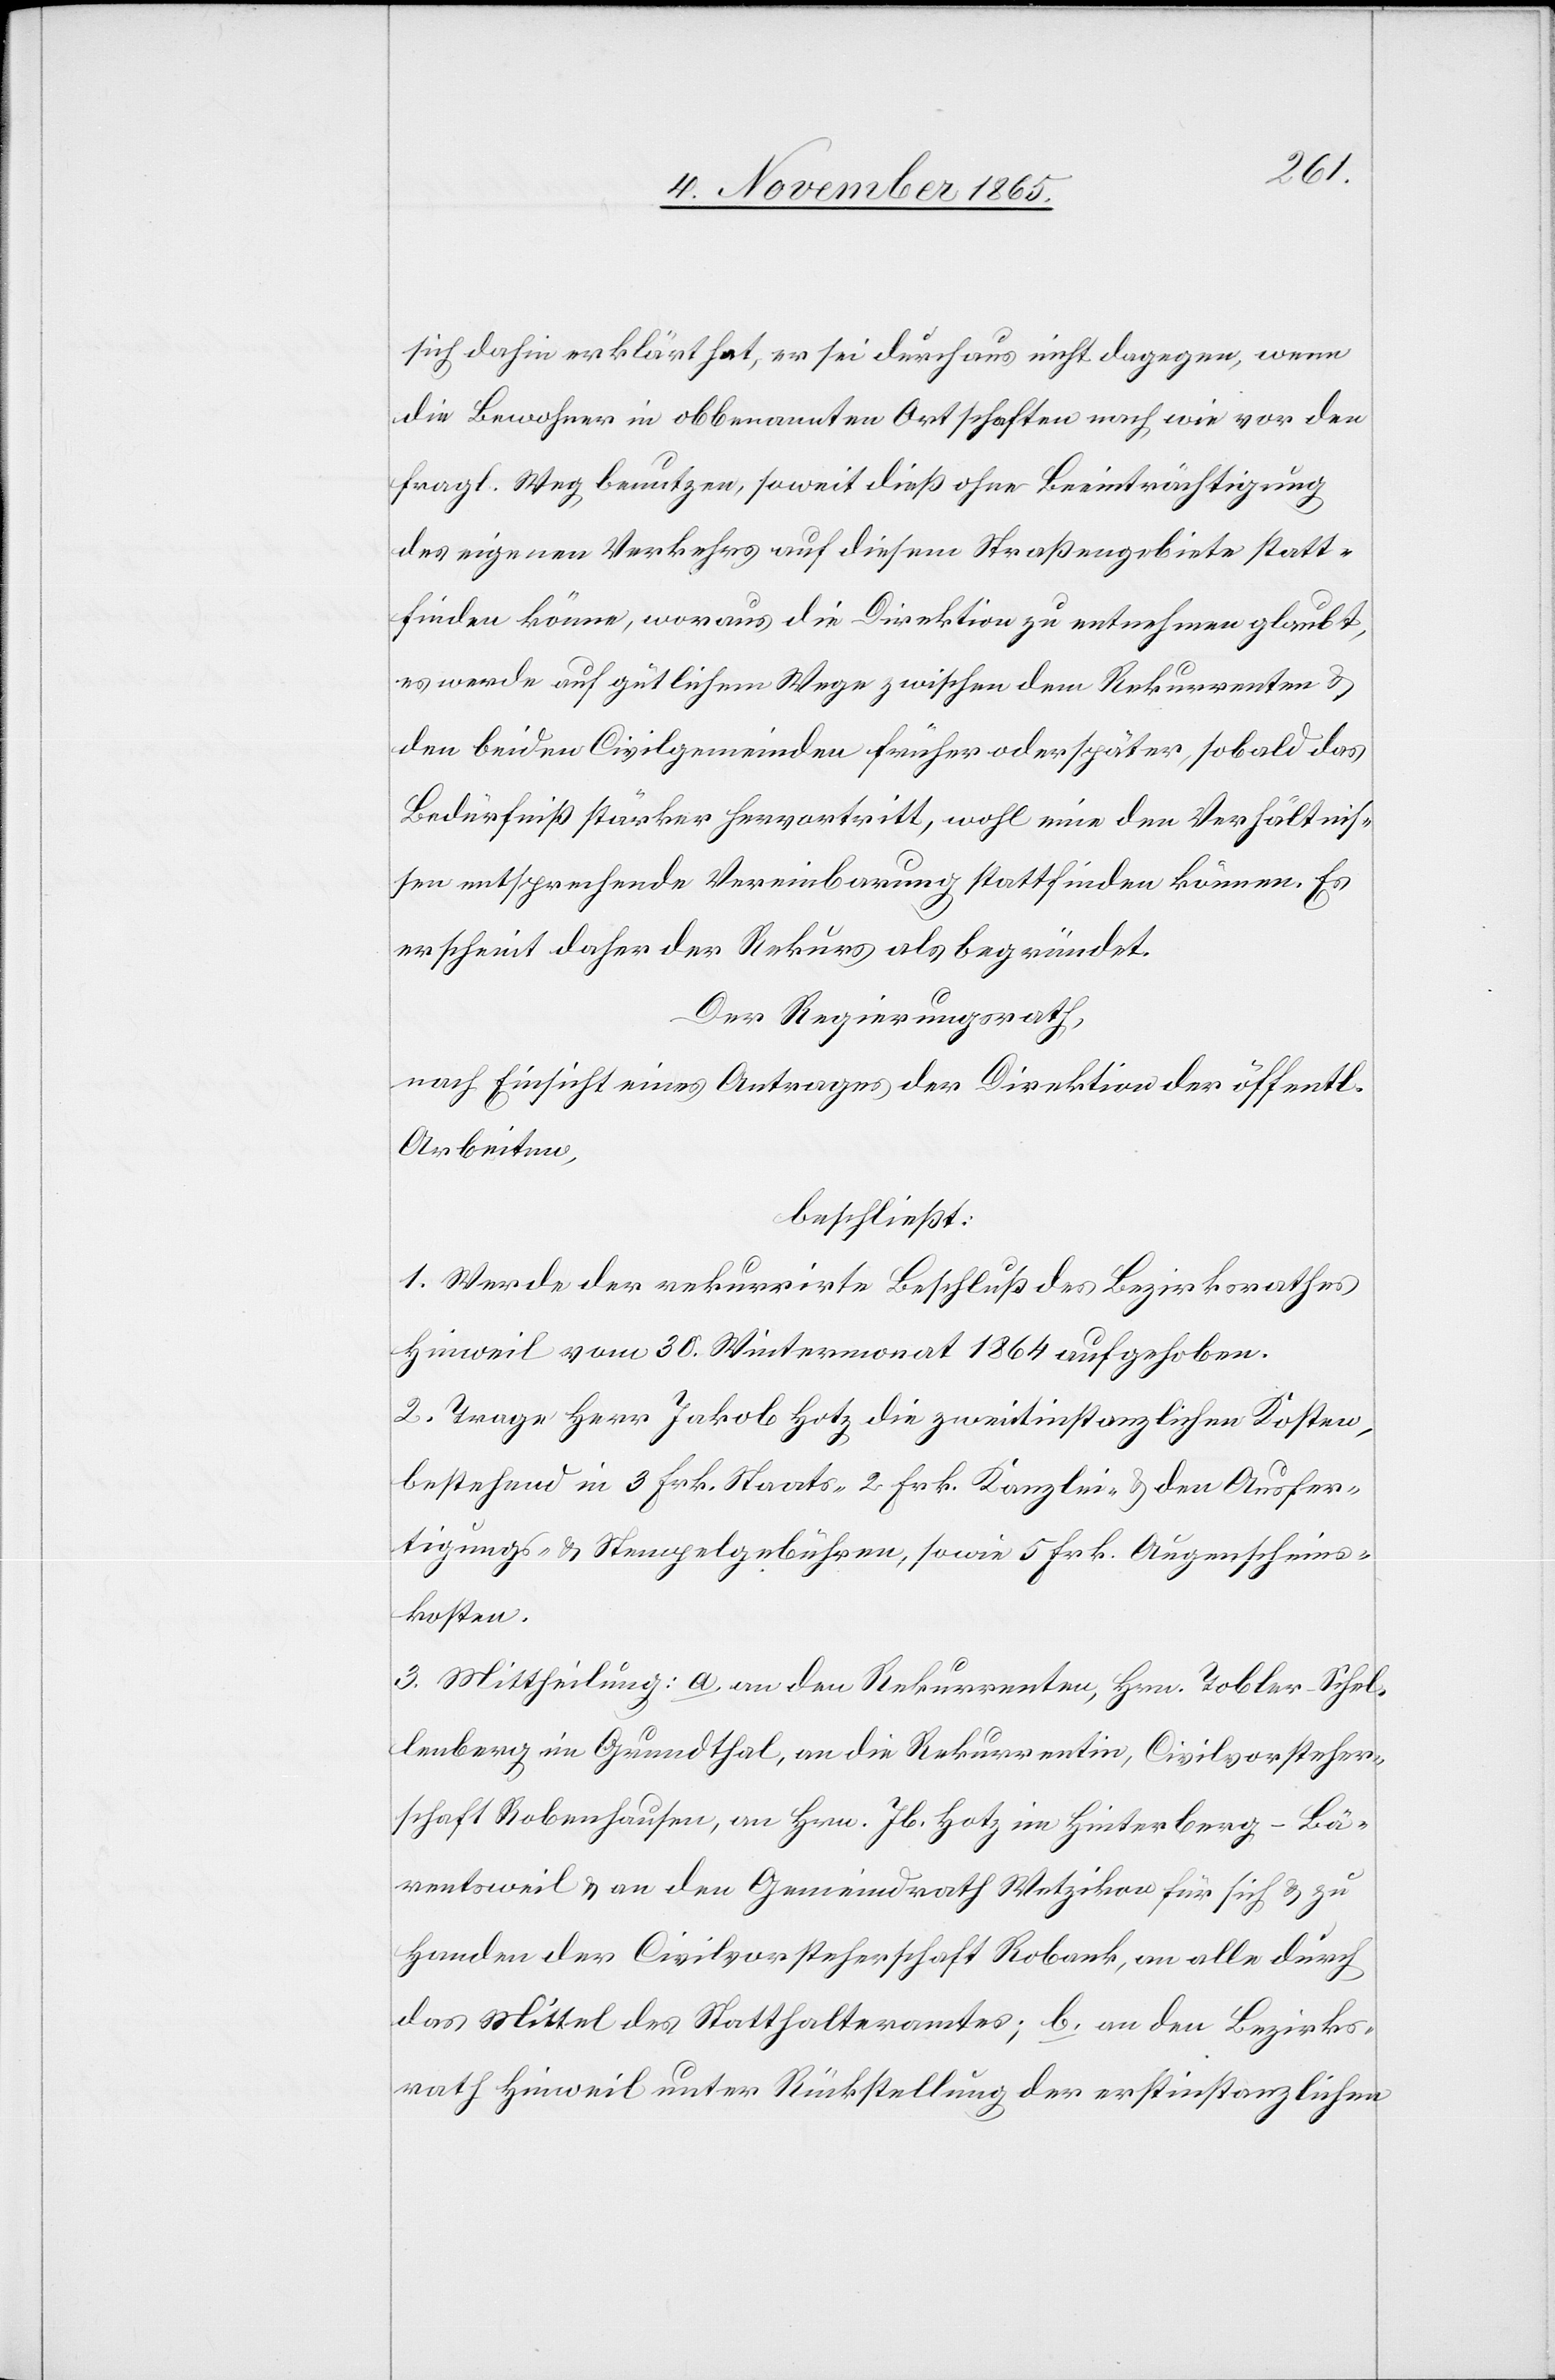
sich dahin erklärt hat, er sei durchaus nicht dagegen, wenn
die Bewohner in obbenannten Ortschaften nach wie vor den
fragl. Weg benutzen, soweit dieß ohne Beeinträchtigung
des eigenen Verkehrs auf diesem Straßengebiete statt¬
finden könne, woraus die Direktion zu entnehmen glaubt,
es werde auf gütlichem Wege zwischen dem Rekurrenten &
den beiden Civilgemeinden früher oder später, sobald das
Bedürfniß stärker hervortritt, wohl eine den Verhältnis¬
sen entsprechende Vereinbarung stattfinden können. Es
erscheint daher der Rekurs als begründet.
Der Regierungsrath,
nach Einsicht eines Antrages der Direktion der öffentl.
Arbeiten,
beschließt:
1. Werde der rekurrirte Beschluß des Bezirksrathes
Hinweil vom 30. Wintermonat 1864 aufgehoben.
2. Trage Herr Jakob Hotz die zweitinstanzlichen Kosten,
bestehend in 3 Frk. Staats-[,] 2 Frk. Kanzlei- & den Ausfer¬
tigungs- & Stempelgebühren, sowie 5 Frk. Augenscheins¬
kosten.
3. Mittheilung: a. an den Rekurrenten, Hrn. Tobler-Schel¬
lenberg im Grundthal, an die Rekurrentin, Civilvorsteher¬
schaft Robenhausen, an Hrn. Jb. Hotz im Hinterberg - Bä¬
rentsweil & an den Gemeindrath Wetzikon für sich & zu
Handen der Civilvorsteherschaft Robank, an alle durch
das Mittel des Statthalteramtes; b. an den Bezirks¬
rath Hinweil unter Rückstellung der erstinstanzlichen